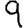
Digit: 9